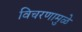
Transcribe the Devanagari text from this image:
विचरणामुळे